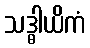
သဒ္ဓါယိကံ